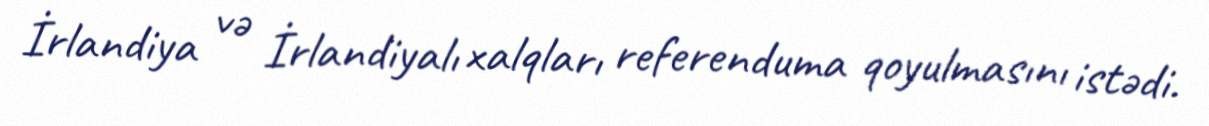
İrlandiya və İrlandiyalı xalqları referenduma qoyulmasını istədi.